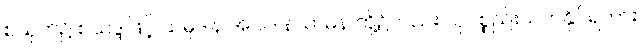
စသုတ်၌ စသဒ္ဒါဖြင့် သမ္ပဒါန အပါဒါနသာဓန တို့၌လည်း ယုပစ္စည်းသက်နိုင်ရကား